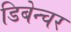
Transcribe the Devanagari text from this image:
डिबेन्‍चर